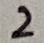
Text: 2